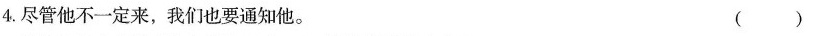
4.尽管他不一定来，我们也要通知他。 ()